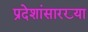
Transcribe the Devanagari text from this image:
प्रदेशांसारख्या